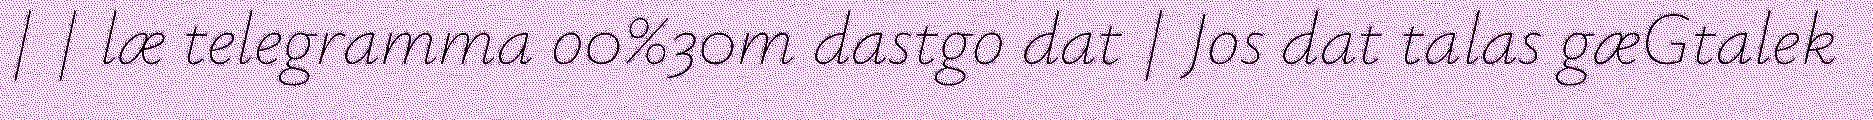
| | læ telegramma o0%30m dastgo dat | Jos dat talas gæGtalek